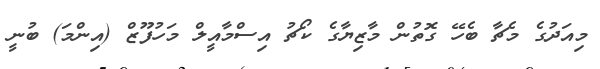
މިއަދުގެ މެޗާ ބެހޭ ގޮތުން މާޒިޔާގެ ކޯޗު އިސްމާއީލް މަހުފޫޒް (އިންމަ) ބުނީ